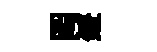
罔鐙